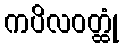
ကပိလဝတ္ထုံ